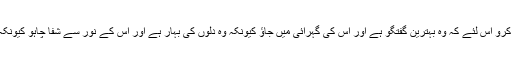
قرآن کی تعلیم حاصل کرو اس لئے کہ وہ بہترین گفتگو ہے اور اس کی گہرائی میں جاؤ کیونکہ وہ دلوں کی بہار ہے اور اس کے نور سے شفا چاہو کیونکہ وہ دلوں کی شفا ہے ۔